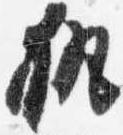
執